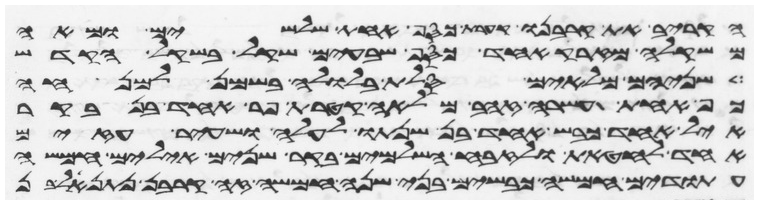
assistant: הקריב את קרבנו קערת כסף אחת שלשים ומאה
משקלה מזרק אחד כסף שבעים שקל בשקל הקדש
שניהם מלאים סלת בלולה בשמן למנחה
כף אחת עשרה זהב מלאה קטרת פר אחד בן בקר
איל אחד כבש אחד בן שנתו לעלה ושעיר עזים
אחד לחטאת ולזבח השלמים בקר שנים אילים חמשה
עתודים חמשה כבשים בני שנה חמשה זה קרבן נתנאל